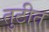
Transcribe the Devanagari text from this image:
तुटीत